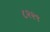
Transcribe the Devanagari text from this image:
८२२९